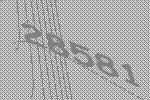
28581